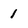
Character: 1